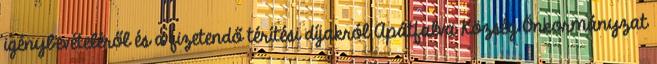
igénybevételéről és a fizetendő térítési díjakról Apátfalva Község Önkormányzat